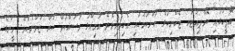
އޮފީހުގައި ކޮމްޕިއުޓަރ ޓެކްނިކަލް ކަންކަމުގައި އެހިތެރިވެދޭ އަމިއްލަ މަސައްކަތް ކުރާ ޒުވާނެކެވެ. މީނާގެ